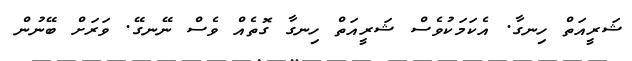
ޝަރީއަތް ހިނގާ. އެކަމަކުވެސް ޝަރީއަތް ހިނގާ ގޮތެއް ވެސް ނޭނގޭ. ވަރަށް ބޭނުން